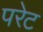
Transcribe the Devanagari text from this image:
परेट